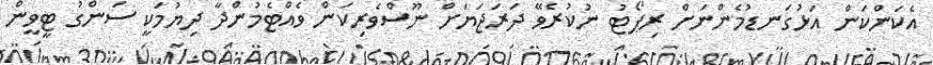
އެކަންކަން އަޅުގަނޑުމެންނަށް ރިޕޯޓު ނުކުރެވޭ ދަރަޖަޔަށް ނޫސްވެރިކަން ވެއްޓެމުންދާ ދިޔުމަކީ ސަންގު ޓީވީން